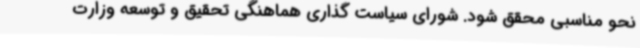
نحو مناسبی محقق شود. شورای سیاست گذاری هماهنگی تحقیق و توسعه وزارت